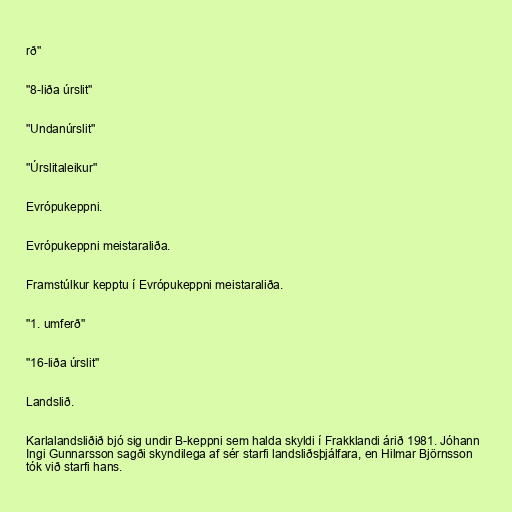
rð"

"8-liða úrslit"

"Undanúrslit"

"Úrslitaleikur"

Evrópukeppni.

Evrópukeppni meistaraliða.

Framstúlkur kepptu í Evrópukeppni meistaraliða.

"1. umferð"

"16-liða úrslit"

Landslið.

Karlalandsliðið bjó sig undir B-keppni sem halda skyldi í Frakklandi árið 1981. Jóhann
Ingi Gunnarsson sagði skyndilega af sér starfi landsliðsþjálfara, en Hilmar Björnsson
tók við starfi hans.